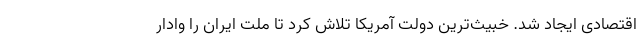
اقتصادی ایجاد شد. خبیث‌ترین دولت آمریکا تلاش کرد تا ملت ایران را وادار